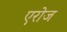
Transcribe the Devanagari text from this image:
एरोज